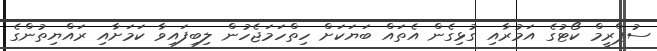
ސުޕްރީމް ކޯޓުގެ އަމުރާއި ގުޅިގެން އެތައް ބަޔަކަށް ހިތްހަމަޖެހުން ލިބިފައިވާ ކަމަށާއި ރައްޔިތުންގެ